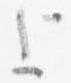
上